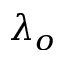
\lambda _ { o }